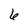
Character: 6